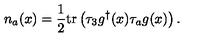
n _ { a } ( x ) = \frac { 1 } { 2 } \mathrm { t r } \left( \tau _ { 3 } g ^ { \dagger } ( x ) \tau _ { a } g ( x ) \right) .